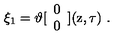
\xi _ { 1 } = \vartheta [ \begin{array} { c } { 0 } \\ { 0 } \\ \end{array} ] ( \mathrm { z } , \tau ) \ .